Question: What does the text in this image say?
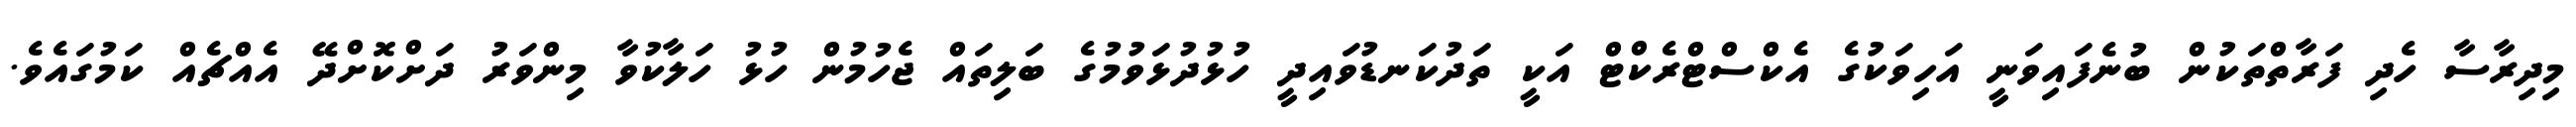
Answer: މިދިރާސާ ހެދި ފަރާތްތަކުން ބުނެފައިވަނީ އަހިވަކުގެ އެކްސްޓްރެކްޓް އަކީ ތަދުކަނޑުވައިދީ ހުޅުދުޅަވުމުގެ ބަލިތައް ޖެހުމުން ހުޅު ހަލާކުވާ މިންވަރު ދަށްކޮށްދޭ އެއްޗެއް ކަމުގައެވެ.